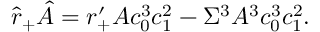
\hat { r } _ { + } \hat { A } = r _ { + } ^ { \prime } A c _ { 0 } ^ { 3 } c _ { 1 } ^ { 2 } - \Sigma ^ { 3 } A ^ { 3 } c _ { 0 } ^ { 3 } c _ { 1 } ^ { 2 } .